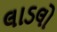
લાડલો